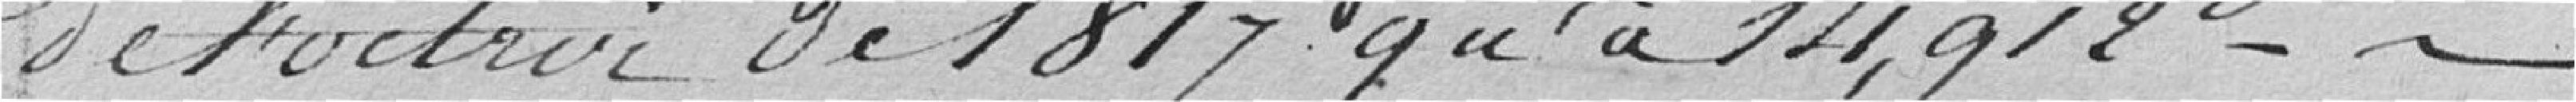
de l'octroi de 1817 qu'à 14.912 francs